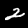
Digit: 2